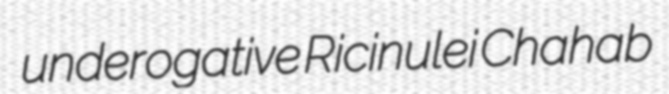
underogative Ricinulei Chahab